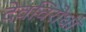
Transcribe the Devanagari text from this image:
देवविरोधी